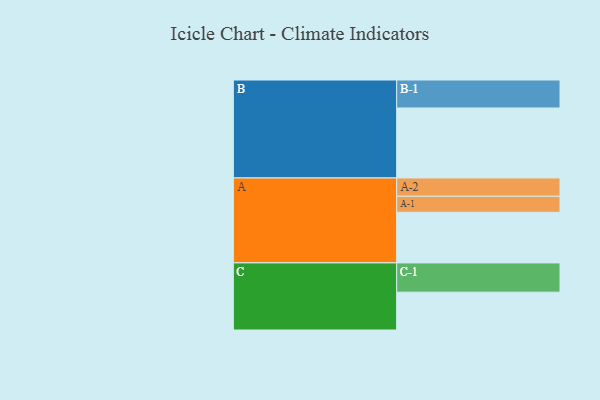
{"axis": {"x": "Segment", "y": "Value"}, "legend": ["", "A", "B", "C"], "data": [{"x": "A", "y": 423, "type": ""}, {"x": "B", "y": 585, "type": ""}, {"x": "C", "y": 316, "type": ""}, {"x": "A-1", "y": 134, "type": "A"}, {"x": "A-2", "y": 153, "type": "A"}, {"x": "B-1", "y": 234, "type": "B"}, {"x": "C-1", "y": 245, "type": "C"}]}